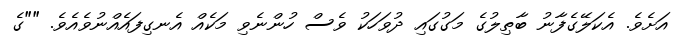
އަށެވެ. އެކަލޭގެފާނު ބާޠިލުގެ މަގުގައި ދުވަހަކު ވެސް ހުންނެވި މަކެއް އެނގިފައެއްނުވެއެވެ. ""ގެ